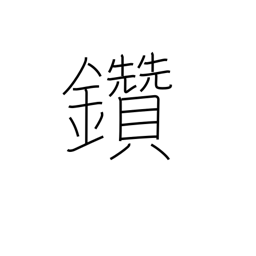
Meaning: make fire by rubbing sticks